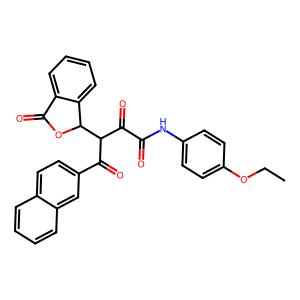
SMILES: CCOc1ccc(NC(=O)C(=O)C(C(=O)c2ccc3ccccc3c2)C2OC(=O)c3ccccc32)cc1
Inhibits HIV replication: No